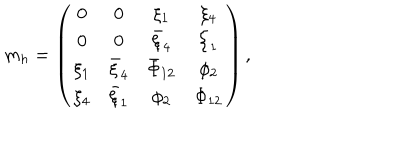
m _ { h } = \left( \begin{array} { c c c c } { { 0 } } & { { 0 } } & { { \xi _ { 1 } } } & { { \xi _ { 4 } } } \\ { { 0 } } & { { 0 } } & { { \bar { \xi } _ { 4 } } } & { { \bar { \xi } _ { 1 } } } \\ { { \xi _ { 1 } } } & { { \bar { \xi } _ { 4 } } } & { { \bar { \Phi } _ { 1 2 } } } & { { \phi _ { 2 } } } \\ { { \xi _ { 4 } } } & { { \bar { \xi } _ { 1 } } } & { { \phi _ { 2 } } } & { { \Phi _ { 1 2 } } } \\ \end{array} \right) ,